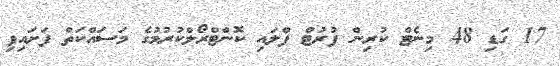
17 ގަޑި 48 މިނެޓް ކުރިން ފުރުޓް ފްލައި ކޮންޓްރޯލްކުރުމުގެ މަސައްކަތް ފަށައިފި